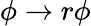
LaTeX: \phi\to r\phi